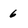
Character: 6